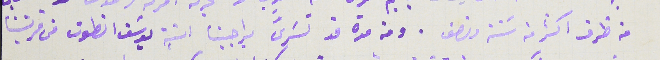
من ظرف اكثر من سَنة ونصف. ومن مدة قد تسرىَّ براجينا ابنة يوسَف انطون من قريتنا